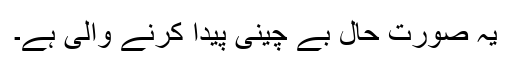
یہ صورت حال بے چینی پیدا کرنے والی ہے۔